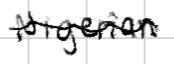
Text: Nigerian
Cross-out: wave
Writing tool: digital_black